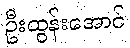
ဦးထွန်းအောင်